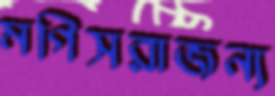
মগিসরাজন্য